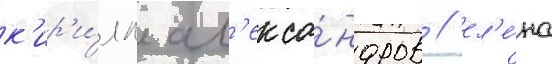
к'ир'и́лл ал'екса́ндров / ел'е́на